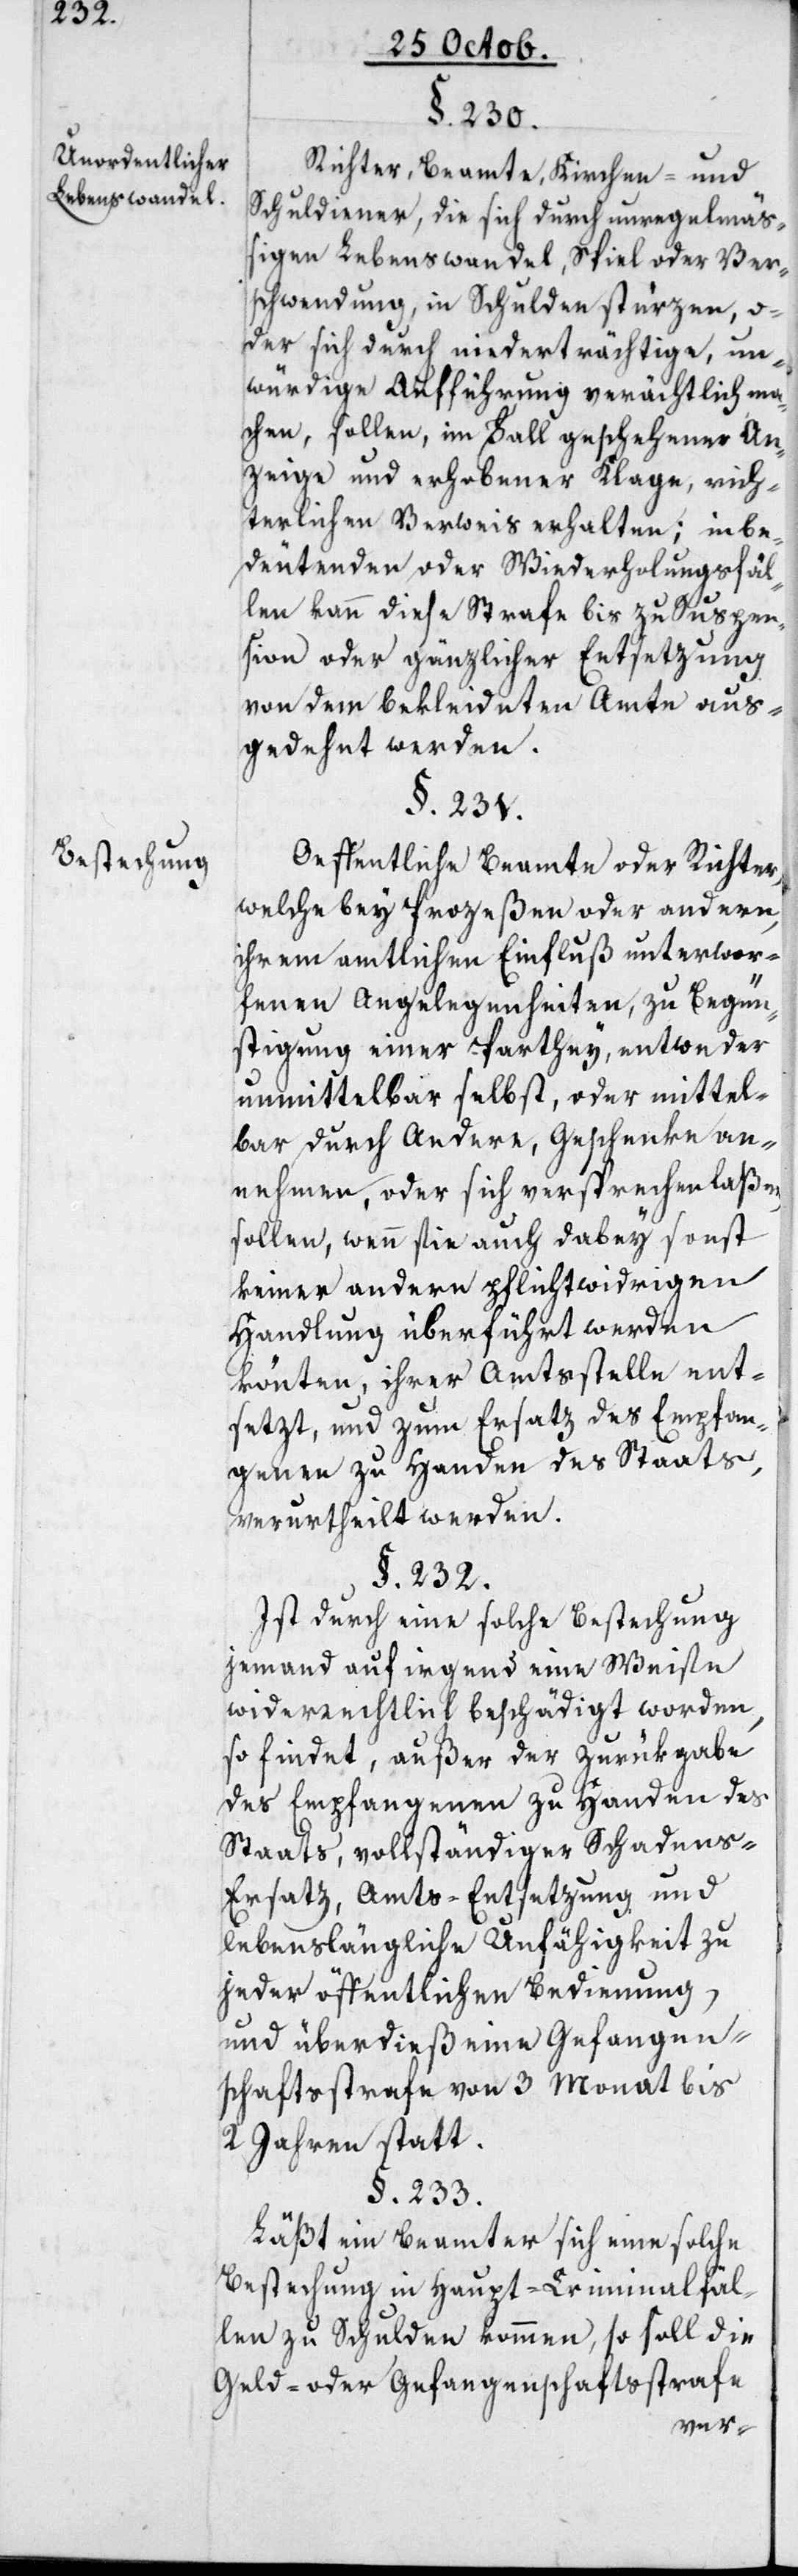
Unordentlicher
Lebenswandel.
Bestechung.

§. 230.
Richter, Beamte, Kirchen- und
Schuldiener, die sich durch unregelmäß¬
igen Lebenswandel, Spiel oder Ver¬
schwendung, in Schulden stürzen, o¬
der sich durch niederträchtige un¬
würdige Aufführung verächtlich ma¬
chen, sollen im Fall geschehener An¬
zeige und erhobene Klage, rich¬
terlichen Verweis erhalten; in be¬
deutenden oder Wiederholungsfäl¬
len kann diese Strafe bis zu Suspen¬
sion oder gänzlicher Entsetzung
von dem bekleideten Amte aus¬
gedehnt werden.
§. 231.
Öffentliche Beamte oder Richter,
welche bey Prozeßen oder andern,
ihrem amtlichen Einfluß unterwor¬
fenen Angelegenheiten, zu Begün¬
stigung einer Parthey, entweder
unmittelbar selbst, oder mittel¬
bar durch Andere, Geschenke an¬
nehmen, oder sich versprechen laßen,
sollen, wenn sie auch dabey sonst
keiner andern pflichtwidrigen
Handlung überführt werden
könnten, ihrer Amtsstelle ent¬
sezt, und zum Ersatz des Empfan¬
genen zu Handen des Staats,
verurtheilt werden.
§. 232.
Ist durch eine solche Bestechung
jemand auf irgend eine Weise
widerrechtlich beschädigt worden,
so findet, außer der Zurükgabe
des Empfangenen zu Handen des
Staats, vollständiger Schadens-E¬
rsatz, Amts-Entsetzung und
lebenslängliche Unfähigkeit zu
jeder öffentlichen Bedienung,
und überdies eine Gefangen¬
schaftsstrafe von 3 Monat bis
2 Jahren statt.
§. 233.
Läßt ein Beamter sich eine solche
Bestechung in Haupt-Criminalfäl¬
len zu Schulden kommen, so soll die
Geld- oder Gefangenschaftsstrafe